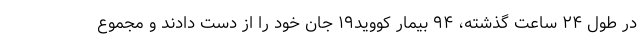
در طول ۲۴ ساعت گذشته، ۹۴ بیمار کووید۱۹ جان خود را از دست دادند و مجموع